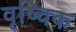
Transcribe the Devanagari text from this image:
वृष्चिक